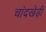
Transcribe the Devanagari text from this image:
चांदखेड़ी